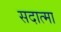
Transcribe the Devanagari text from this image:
सदात्मा